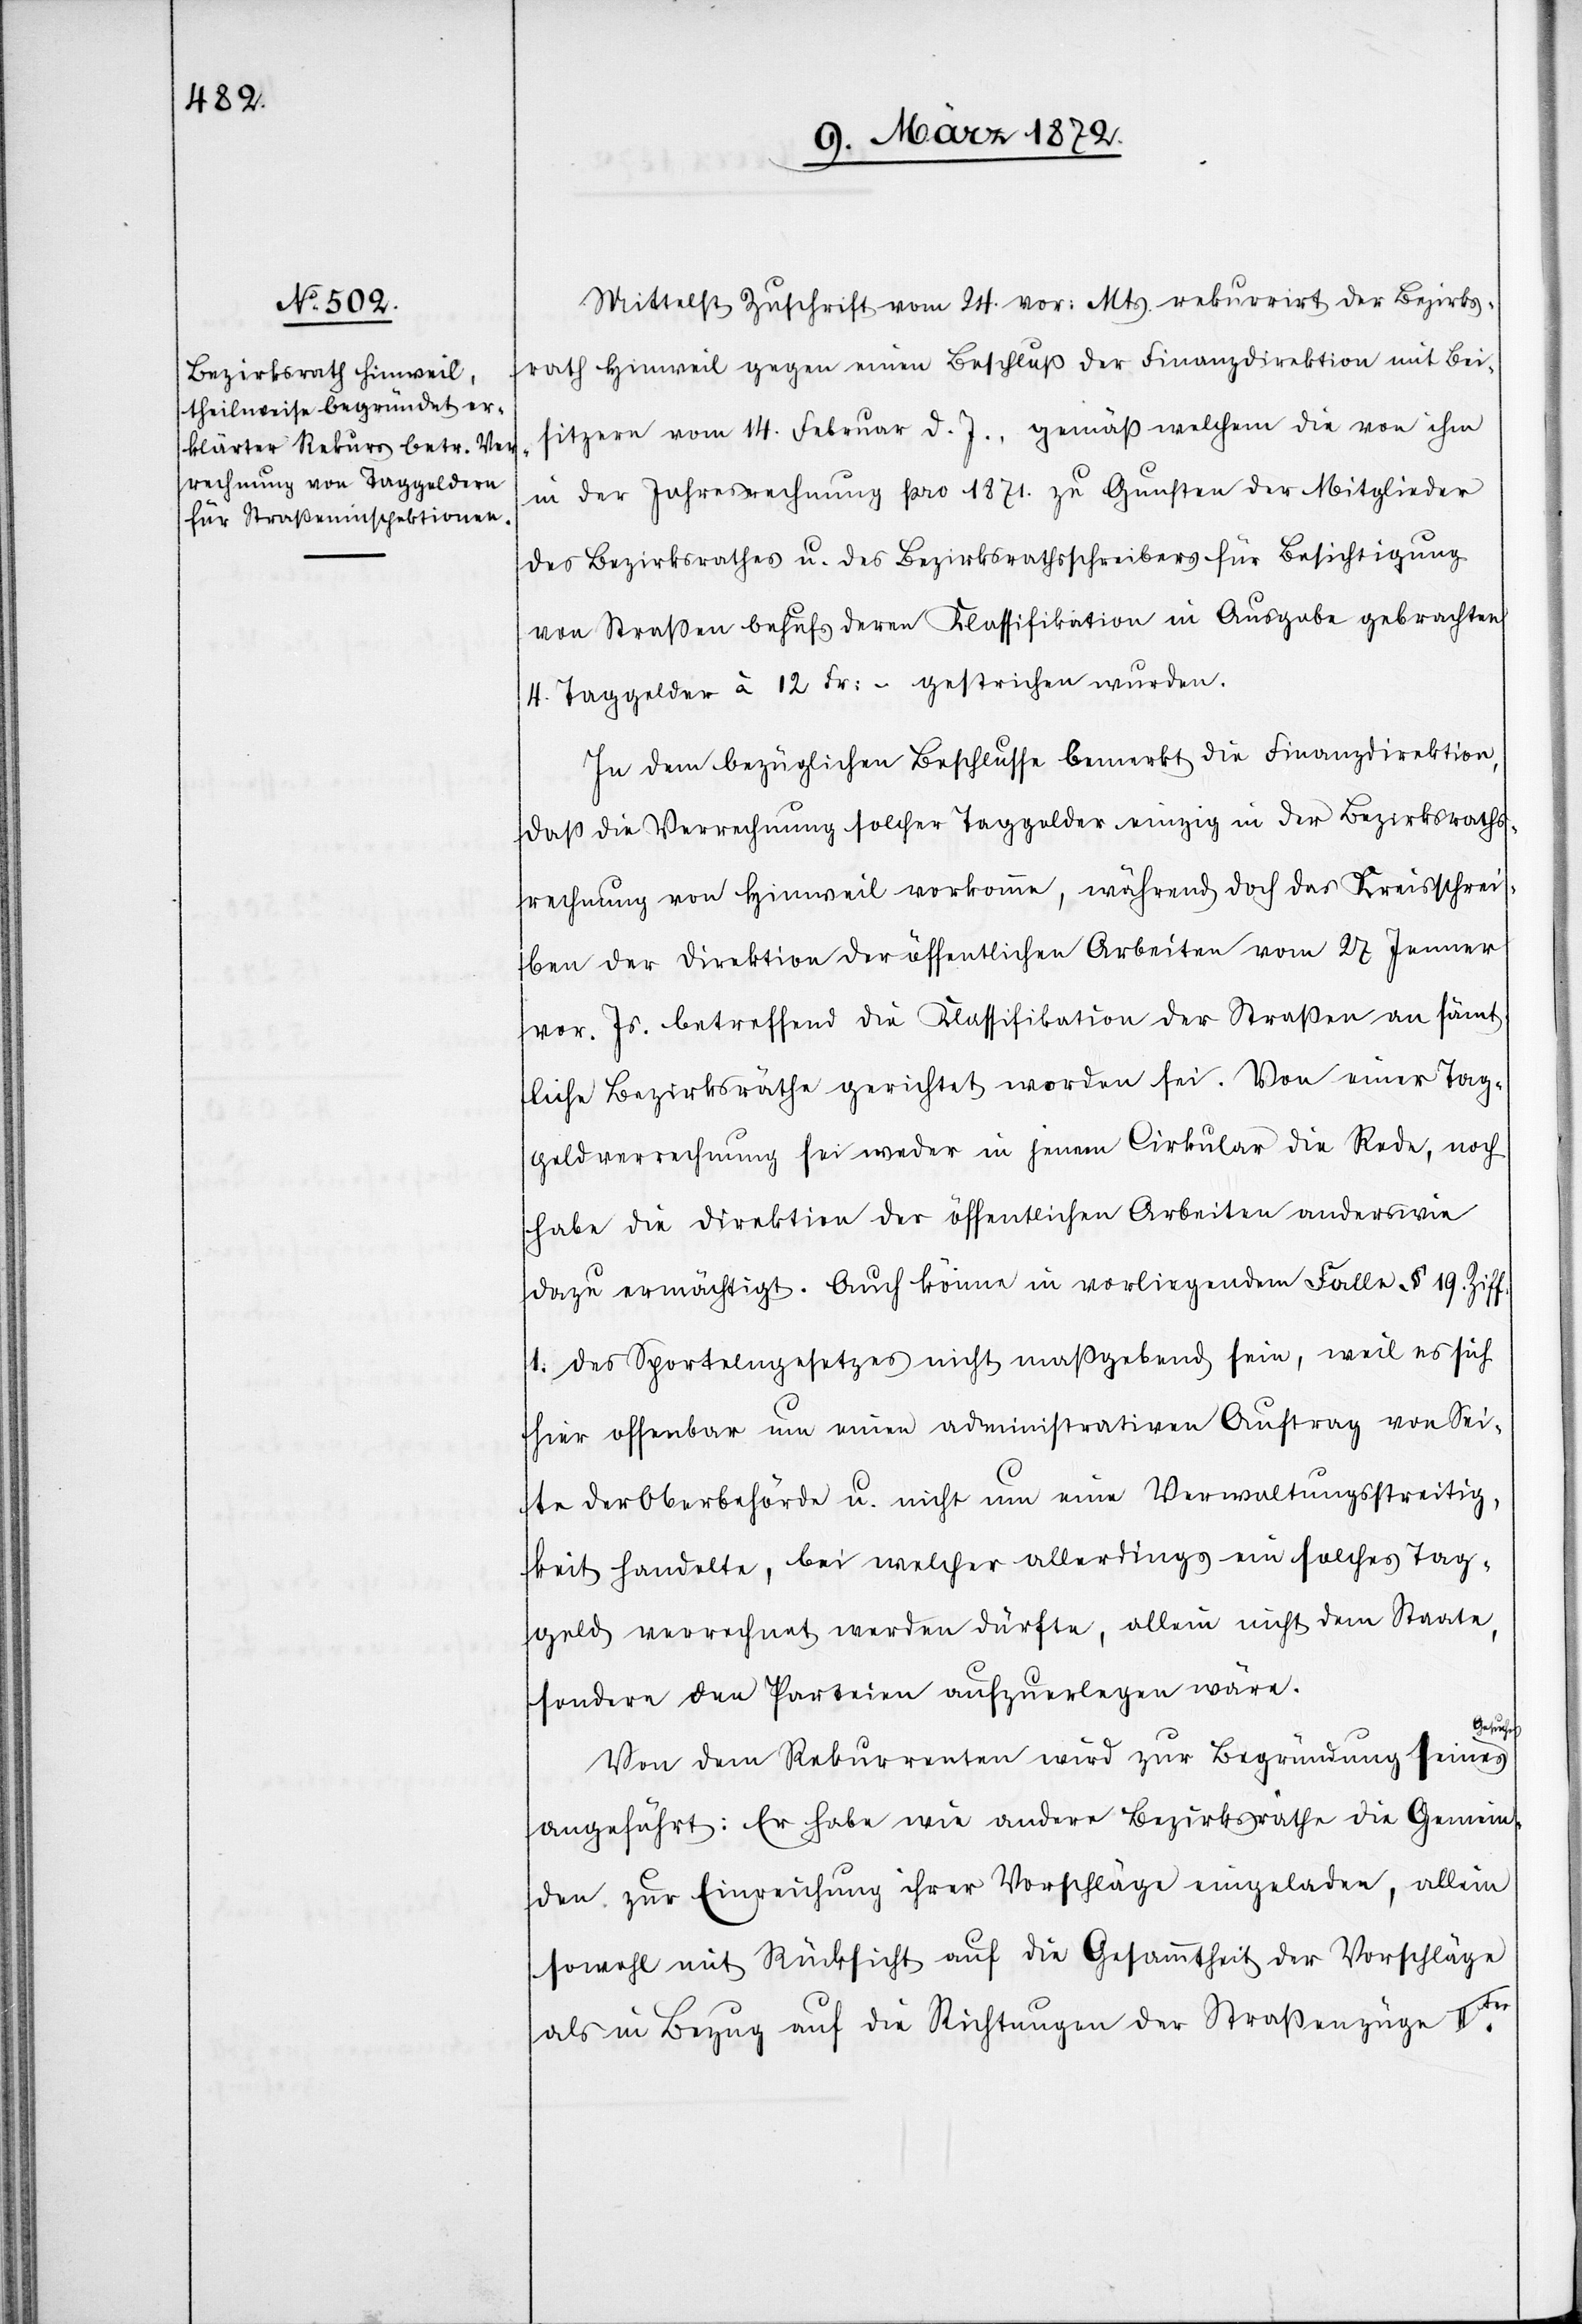
Mittelst Zuschrift vom 24. vor: Mts. rekurrirt der Bezirks¬
rath Hinweil gegen einen Beschluß der Finanzdirektion mit Bei¬
sitzern vom 14. Februar d. Js., gemäß welchem die von ihm
in der Jahresrechnung pro 1871. zu Gunsten der Mitglieder
des Bezirksrathes u. des Bezirksrathsschreibers für Besichtigung
von Straßen behufs deren Klassifikation in Ausgabe gebrachten
4. Taggelder à 12 Fr:- gestrichen wurden.
In dem bezüglichen Beschlusse bemerkt die Finanzdirektion,
daß die Verrechnung solcher Taggelder einzig in der Bezirksraths¬
rechnung von Hinweil vorkomme, während doch das Kreisschrei¬
ben der Direktion der öffentlichen Arbeiten vom 27 Jenner
vor. Js. betreffend die Klassifikation der Straßen an sämt¬
liche Bezirksräthe gerichtet worden sei. Von einer Tag¬
geldverrechnung sei weder in jenem Cirkular die Rede, noch
habe die Direktion der öffentlichen Arbeiten anderswie
dazu ermächtigt. Auch könne in vorliegendem Falle § 19. Ziff.
1. des Sportelngesetzes nicht maßgebend sein, weil es sich
hier offenbar um einen administrativen Auftrag von Sei¬
te der Oberbehörde u. nicht um eine Verwaltungsstreitig¬
keit handelte, bei welcher allerdings ein solches Tag¬
geld verrechnet werden dürfte, allein nicht dem Staate,
sondern den Parteien aufzuerlegen wäre.
Von dem Rekurrenten wird zur Begründung seines
angeführt: Er habe wie andere Bezirksräthe die Gemein¬
den zur Einreichung ihrer Vorschläge eingeladen, allein
sowohl mit Rücksicht auf die Gesammtheit der Vorschläge
als in Bezug auf die Richtungen der Straßenzüge IIter